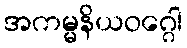
အကမ္မနိယဝဂ္ဂေါ